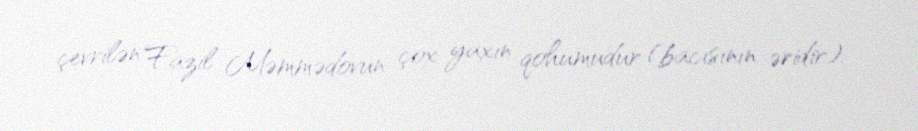
çevrilən Fazil Məmmədovun çox yaxın qohumudur (bacısının əridir).